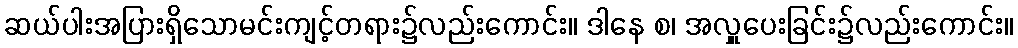
ဆယ်ပါးအပြားရှိသောမင်းကျင့်တရား၌လည်းကောင်း။ ဒါနေ စ၊ အလှူပေးခြင်း၌လည်းကောင်း။